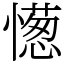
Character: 憽